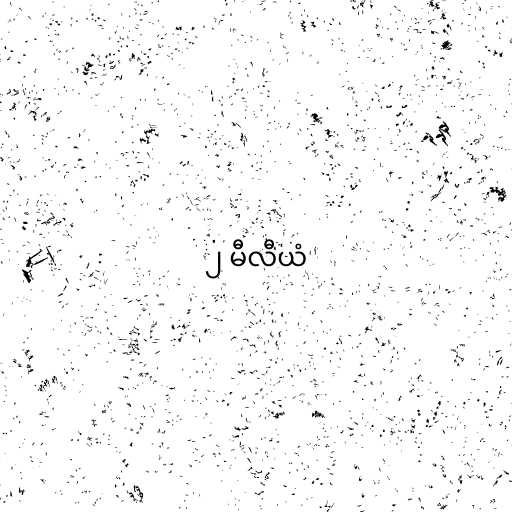
၂ မီလီယံ